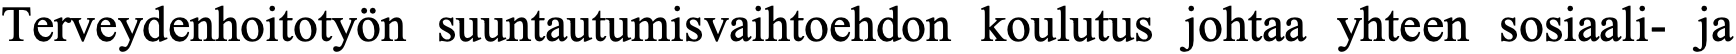
Terveydenhoitotyön suuntautumisvaihtoehdon koulutus johtaa yhteen sosiaali- ja